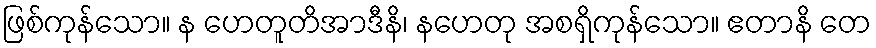
ဖြစ်ကုန်သော။ န ဟေတူတိအာဒီနိ၊ နဟေတု အစရှိကုန်သော။ ဧတာနိ တေ